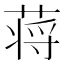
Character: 蒋